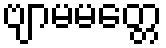
ဗျာမမတ္တေ